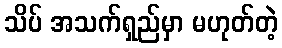
သိပ် အသက်ရှည်မှာ မဟုတ်တဲ့